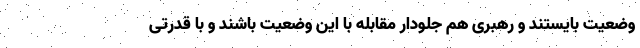
وضعیت بایستند و رهبری هم جلودار مقابله با این وضعیت باشند و با قدرتی